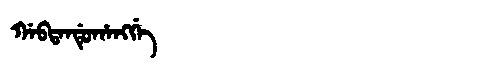
Manchu: ᡤᠠᠪᡨᠠᠨᡩᡠᡥᠠᠩᡤᡝ
Romanization: GABTANDUHANGGE